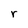
Character: r